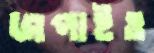
জপাইও